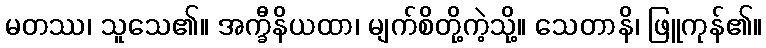
မတဿ၊ သူသေ၏။ အက္ခီနိယထာ၊ မျက်စိတို့ကဲ့သို့။ သေတာနိ၊ ဖြူကုန်၏။